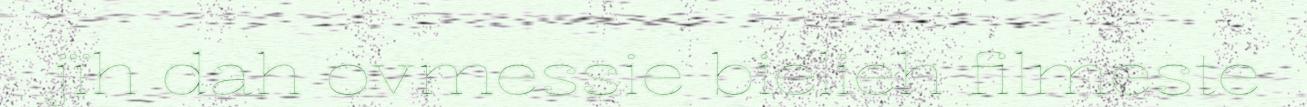
jïh dah ovmessie bielieh filmeste